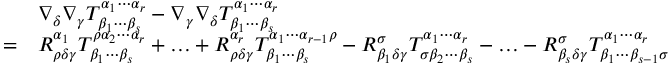
{ \begin{array} { r l } & { \nabla _ { \delta } \nabla _ { \gamma } T ^ { \alpha _ { 1 } \cdots \alpha _ { r } } _ { \beta _ { 1 } \cdots \beta _ { s } } - \nabla _ { \gamma } \nabla _ { \delta } T ^ { \alpha _ { 1 } \cdots \alpha _ { r } } _ { \beta _ { 1 } \cdots \beta _ { s } } } \\ { = } & { R ^ { \alpha _ { 1 } } _ { \rho \delta \gamma } T ^ { \rho \alpha _ { 2 } \cdots \alpha _ { r } } _ { \beta _ { 1 } \cdots \beta _ { s } } + \ldots + R ^ { \alpha _ { r } } _ { \rho \delta \gamma } T ^ { \alpha _ { 1 } \cdots \alpha _ { r - 1 } \rho } _ { \beta _ { 1 } \cdots \beta _ { s } } - R ^ { \sigma } _ { \beta _ { 1 } \delta \gamma } T ^ { \alpha _ { 1 } \cdots \alpha _ { r } } _ { \sigma \beta _ { 2 } \cdots \beta _ { s } } - \ldots - R ^ { \sigma } _ { \beta _ { s } \delta \gamma } T ^ { \alpha _ { 1 } \cdots \alpha _ { r } } _ { \beta _ { 1 } \cdots \beta _ { s - 1 } \sigma } } \end{array} }